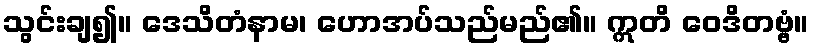
သွင်းချ၍။ ဒေသိတံနာမ၊ ဟောအပ်သည်မည်၏။ ဣတိ ဝေဒိတဗ္ဗံ။